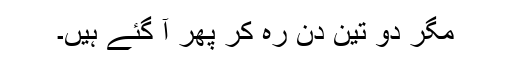
مگر دو تین دن رہ کر پھر آ گئے ہیں۔